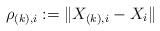
LaTeX: \begin{align*}\rho_{(k),i} := \|X_{(k),i} - X_i\|\end{align*}